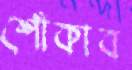
শোঁকাব